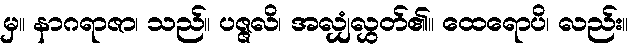
မှ။ နာဂရာဇာ၊ သည်။ ပဇ္ဇလိ၊ အလျှံလွှတ်၏။ ထေရောပိ၊ လည်း။